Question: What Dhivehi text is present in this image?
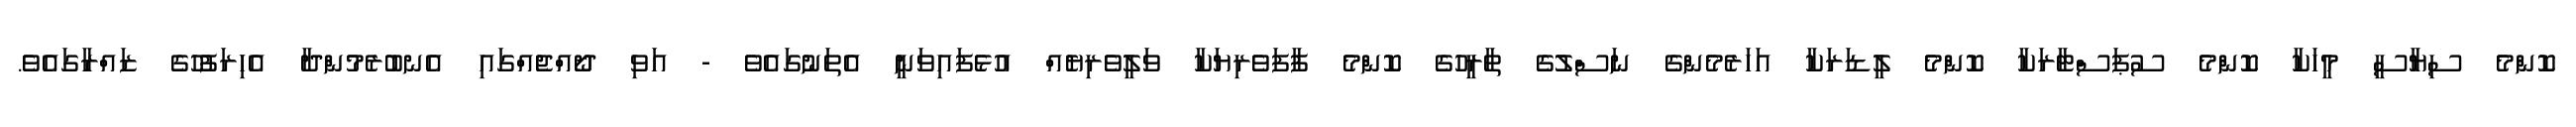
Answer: ކޮންމެ ސިޔާސީ މީހަކާ ކޮންމެ ސުޕަސްޓާރަކާ ކޮންމެ ލީޑަރަކާ އަހަރެމެންގެ ނަސްލުގެ ތާރީހުގެ ކޮންމެ ފާފަވެރިޔަކާ ވަލީވެރިޔެއް އުޅެފައިވަނީ އެތަނުގައެވެ - އަވި ދޯއްޖެއްގައި އެނބުރެމުންދާ އެހިރަފުހުގެ ޒައްރާގައެވެ.